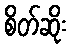
စိတ်ဆိုး